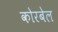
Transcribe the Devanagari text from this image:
कोरबेल